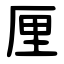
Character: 厘